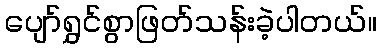
ပျော်ရွှင်စွာဖြတ်သန်းခဲ့ပါတယ်။